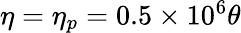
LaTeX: \begin{array}{r}{\eta=\eta_{p}=0.5\times 10^{6}\theta}\end{array}